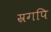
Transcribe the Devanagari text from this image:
स्रगपि